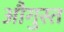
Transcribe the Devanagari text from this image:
औगुस्त